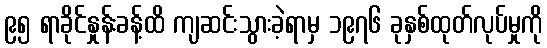
၉၅ ရာခိုင်နှုန်းခန့်ထိ ကျဆင်းသွားခဲ့ရာမှ ၁၉၇၆ ခုနှစ်ထုတ်လုပ်မှုကို